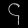
Digit: ၄